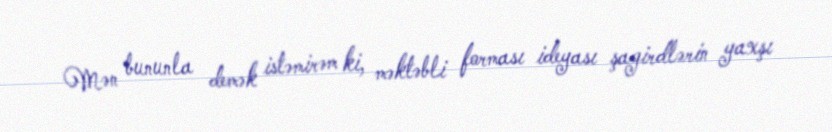
Mən bununla demək istəmirəm ki, məktəbli forması ideyası şagirdlərin yaxşı